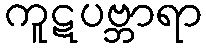
ကူဋပဗ္ဘာရာ